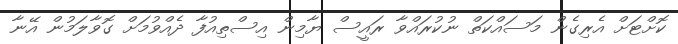
ކޮށްޓަށް އެރިގެން މަސައްކަތް ނުކުރައްވާ ރައީސް ޔާމިން އިސްތިއުފާ ދެއްވުމަށް ގޮވާލަމުން އޭނާ